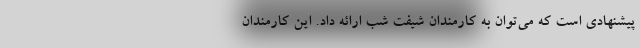
پیشنهادی است که می‌توان به کارمندان شیفت شب ارائه داد. این کارمندان